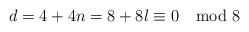
LaTeX: \begin{align*}d=4+4n=8+8l\equiv 0 \mod 8\end{align*}